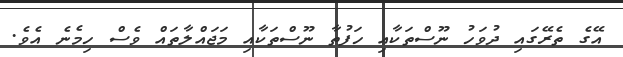
އޭގެ ތެރޭގައި ދުވަހު ނޫސްތަކާއި ހަފުތާ ނޫސްތަކާއި މަޖައްލާތައް ވެސް ހިމެނެ އެވެ.